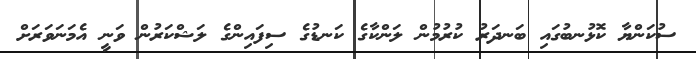
ސުކަންޔާ ކޮޅުނބުގައި ބަނދަރު ކުރުމުން ލަންކާގެ ކަނޑުގެ ސިފައިންގެ ލަޝްކަރުން ވަނީ އެމަނަވަރަށް